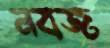
নবজ